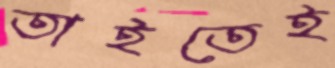
তাইতেই